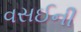
વસઈની